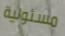
مسئولية